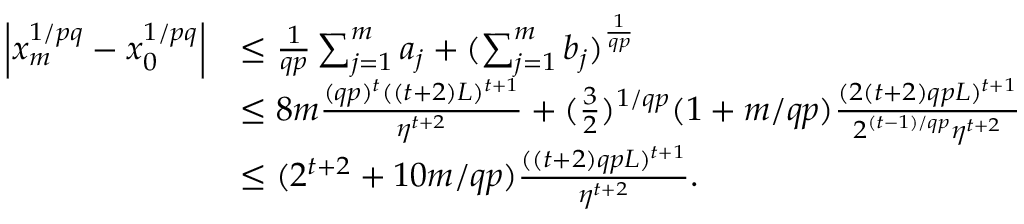
\begin{array} { r l } { \left\vert { x _ { m } ^ { 1 / p q } - x _ { 0 } ^ { 1 / p q } } \right\vert } & { \le \frac { 1 } { q p } \sum _ { j = 1 } ^ { m } a _ { j } + ( \sum _ { j = 1 } ^ { m } b _ { j } ) ^ { \frac { 1 } { q p } } } \\ & { \le 8 m \frac { ( q p ) ^ { t } ( ( t + 2 ) L ) ^ { t + 1 } } { \eta ^ { t + 2 } } + ( \frac { 3 } { 2 } ) ^ { 1 / q p } ( 1 + m / q p ) \frac { ( 2 ( t + 2 ) q p L ) ^ { t + 1 } } { 2 ^ { ( t - 1 ) / q p } \eta ^ { t + 2 } } } \\ & { \le ( 2 ^ { t + 2 } + 1 0 m / q p ) \frac { ( ( t + 2 ) q p L ) ^ { t + 1 } } { \eta ^ { t + 2 } } . } \end{array}